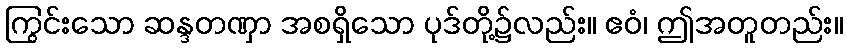
ကြွင်းသော ဆန္ဒတဏှာ အစရှိသော ပုဒ်တို့၌လည်း။ ဧဝံ၊ ဤအတူတည်း။